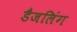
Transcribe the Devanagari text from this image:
डैजलिंग